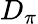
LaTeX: D_{\pi}